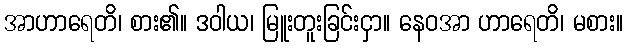
အာဟာရေတိ၊ စား၏။ ဒဝါယ၊ မြူးတူးခြင်းငှာ။ နေဝအာ ဟာရေတိ၊ မစား။